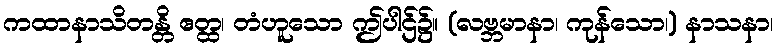
ကထာနာသိတန္တိ ဧတ္ထ၊ တံဟူသော ဤပါဌ်၌။ (လဗ္ဘမာနာ၊ ကုန်သော၊) နာသနာ၊